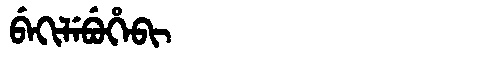
Manchu: ᠪᡝᡴᡳᠯᡝᠪᡠᡥᡝᠪᡳ
Romanization: BEKILEBUHEBI